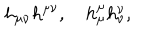
h _ { \mu \nu } h ^ { \mu \nu } , \quad h _ { \mu } ^ { \mu } h _ { \nu } ^ { \nu } ,